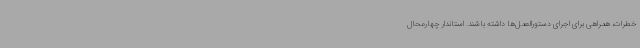
خطرات، همراهی برای اجرای دستورالعمل‌ها داشته باشند. استاندار چهارمحال